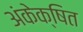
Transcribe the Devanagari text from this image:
अंकेक्षित